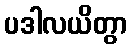
ပဒါလယိတွာ